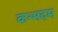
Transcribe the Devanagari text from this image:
कन्मदम